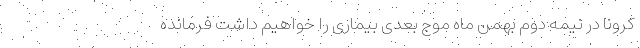
کرونا در نیمه دوم بهمن ماه موج بعدی بیماری را خواهیم داشت فرمانده